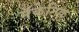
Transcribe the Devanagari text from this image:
मॅकेनिक